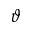
\vartheta